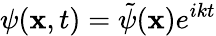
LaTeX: \psi(\mathbf{x},t)=\tilde{\psi}(\mathbf{x})e^{ikt}